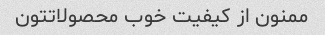
ممنون از کیفیت خوب محصولاتتون